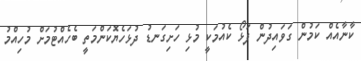
ކާނާއެއް ކަމުން ގަވައިދުން ފަޅޯ ކެއުމަކީ މުޅި ހަށިގަނޑު ދުޅަހެޔޮކަންމަތީ ބެހެއްޓުމަށް މުހިއްމު